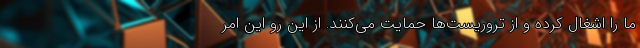
ما را اشغال کرده و از تروریست‌ها حمایت می‌کنند. از این رو این امر